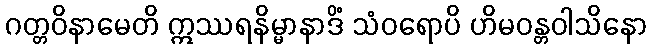
ဂတ္တဝိနာမေတိ ဣဿရနိမ္မာနာဒိံ သံဝရောပိ ဟိမဝန္တဝါသိနော